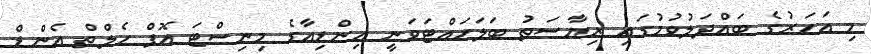
މި އަހަރުގެ ބައްދަލުވުމުގައި ރިޔާސަތު ބަލަހައްޓަަވަނީ އިންޑިއާގެ މިނިސްޓަ އޮފް ހެލްތް އެންޑް